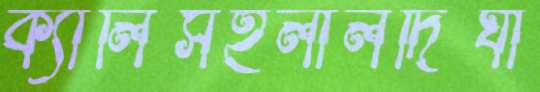
ক্যালিসইলালদিঘী